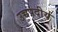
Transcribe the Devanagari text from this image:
उच्चपदीय